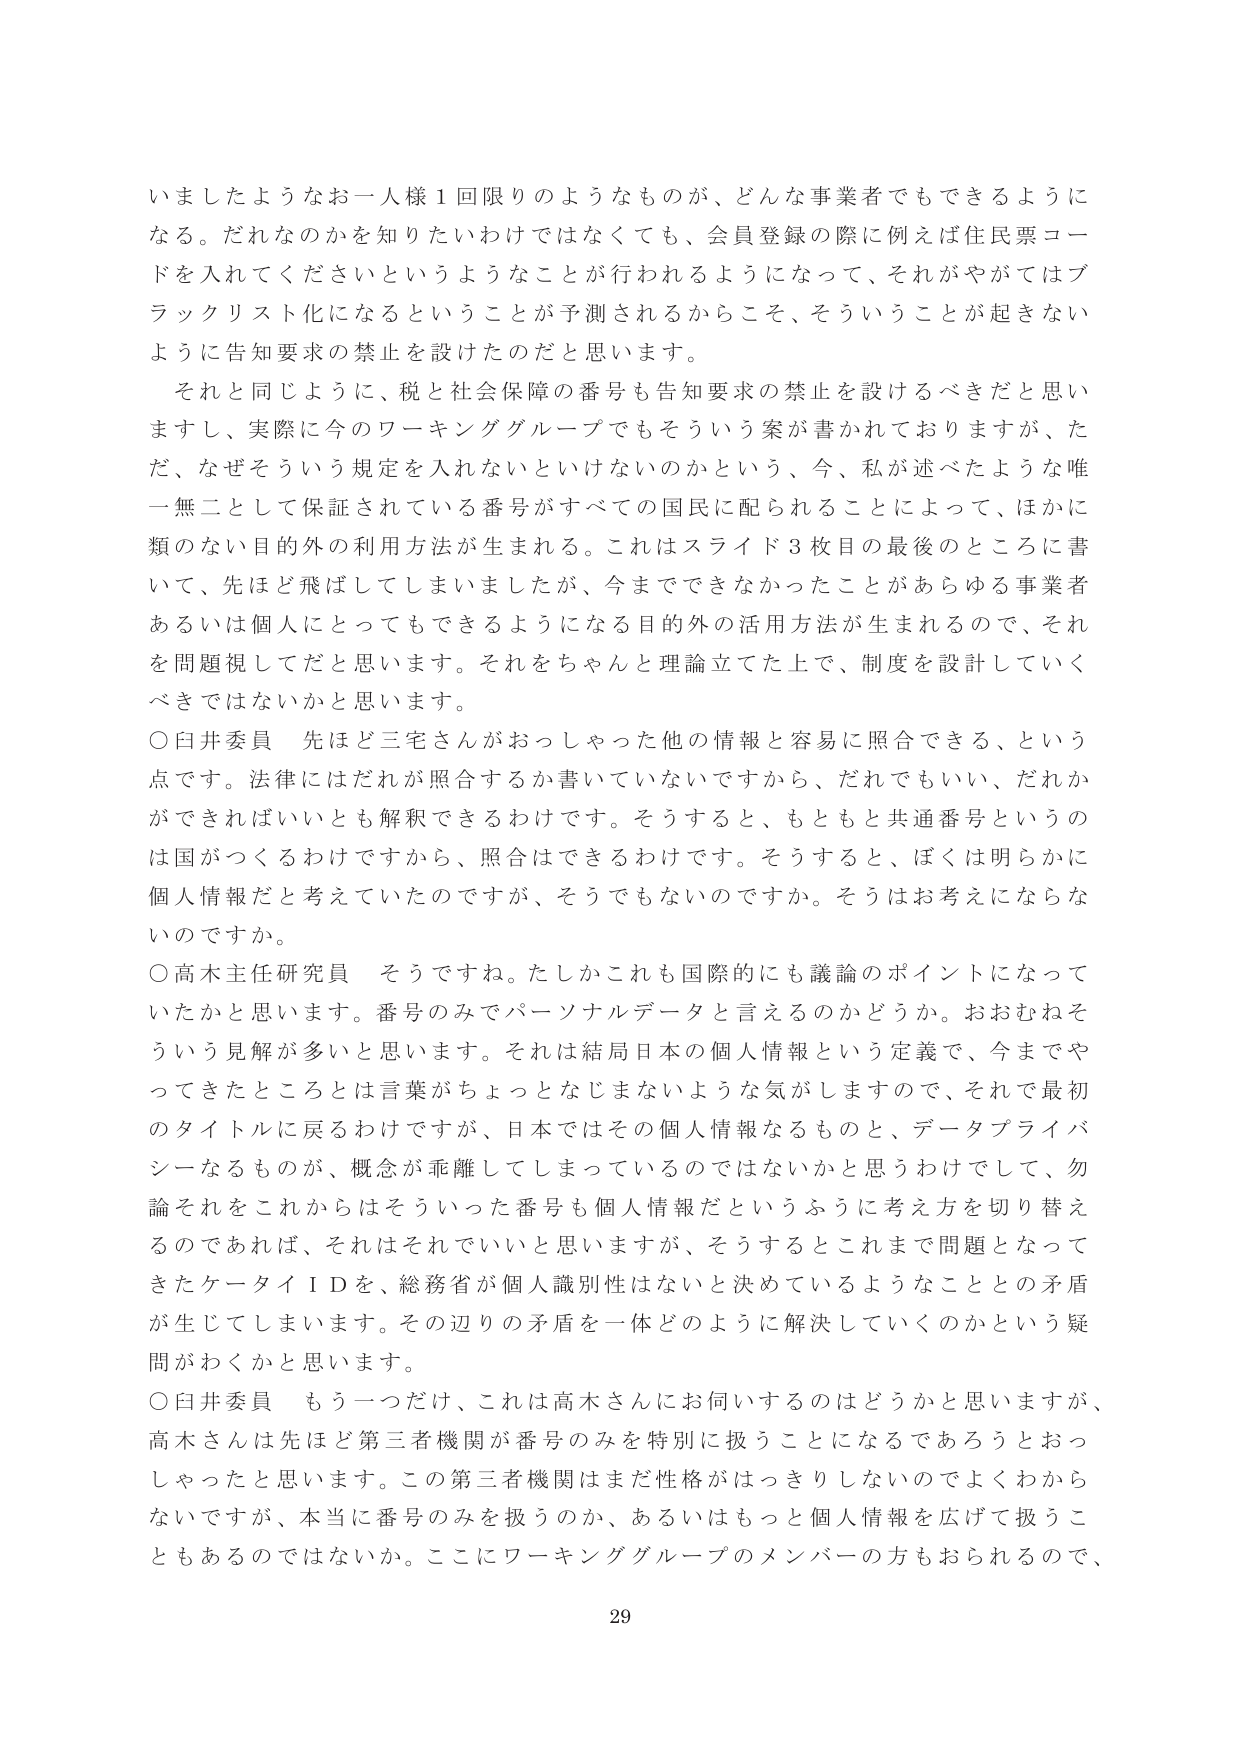
いましたようなお一人様１回限りのようなものが、どんな事業者でもできるようになる。だれなのかを知りたいわけではなくても、会員登録の際に例えば住民票コードを入れてくださいというようなことが行われるようになって、それがやがてはブラックリスト化になるということが予測されるからこそ、そういうことが起きないように告知要求の禁止を設けたのだと思います。

それと同じように、税と社会保障の番号も告知要求の禁止を設けるべきだと思いますし、実際に今のワーキンググループでもそういう案が書かれておりますが、ただ、なぜそういう規定を入れないといけないのかという、今、私が述べたような唯一無二として保証されている番号がすべての国民に配られることによって、ほかに類のない目的外の利用方法が生まれる。これはスライド３枚目の最後のところに書いて、先ほど飛ばしてしまいましたが、今までできなかったことがあらゆる事業者あるいは個人にとってもできるようになる目的外の活用方法が生まれるので、それを問題視してだと思います。それをちゃんと理論立てた上で、制度を設計していくべきではないかと思います。

○白井委員　先ほど三宅さんがおっしゃった他の情報と容易に照合できる、という点です。法律にはだれが照合するか書いていないですから、だれでもいい、だれかができればいいとも解釈できるわけです。そうすると、もともと共通番号というのは国がつくるわけですから、照合はできるわけです。そうすると、ぼくは明らかに個人情報だと考えていたのですが、そうでもないのですか。そうはお考えにならないのですか。

○高木主任研究員　そうですね。たしかこれも国際的にも議論のポイントになっていたかと思います。番号のみでパーソナルデータと言えるのかどうか。おおむねそういう見解が多いと思います。それは結局日本の個人情報という定義で、今までやってきたところとは言葉がちょっとなじまないような気がしますので、それで最初のタイトルに戻るわけですが、日本ではその個人情報なるものと、データプライバシーなるものが、概念が乖離してしまっているのではないかと思うわけとして、勿論それをこれからはそういった番号も個人情報だというふうに考え方を切り替えるのであれば、それはそれでいいと思いますが、そうするとこれまで問題となってきたケータイＩＤを、総務省が個人識別性はないと決めているようなこととの矛盾が生じてしまいます。その辺りの矛盾を一体どのように解決していくのかという疑問がわくかと思います。

○白井委員　もう一つだけ、これは高木さんにお伺いするのはどうかと思いますが、高木さんは先ほど第三者機関が番号のみを特別に扱うことになるであろうとおっしゃったと思います。この第三者機関はまだ性格がはっきりしないのでよくわからないですが、本当に番号のみを扱うのか、あるいはもっと個人情報を広げて扱うこともあるのではないか。ここにワーキンググループのメンバーの方もおられるので、

29